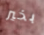
بخير